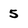
Character: 5